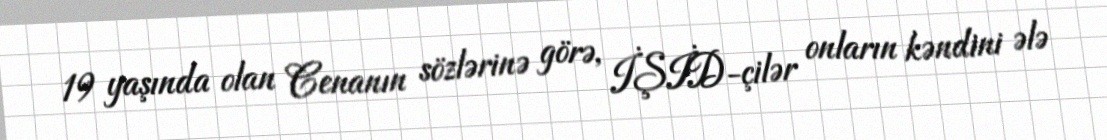
19 yaşında olan Cenanın sözlərinə görə, İŞİD-çilər onların kəndini ələ